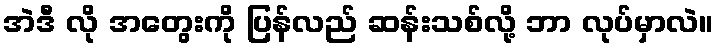
အဲဒီ လို အတွေးကို ပြန်လည် ဆန်းသစ်လို့ ဘာ လုပ်မှာလဲ။